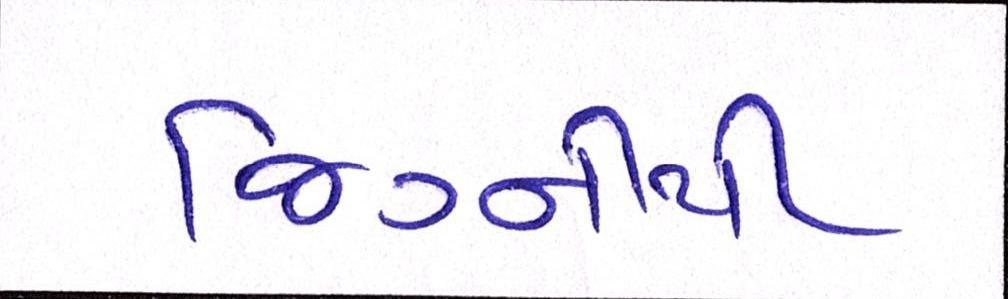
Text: જિગ્નીથી